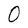
Character: O